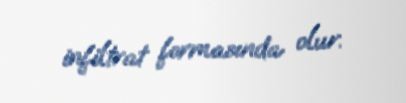
infiltrat formasında olur.